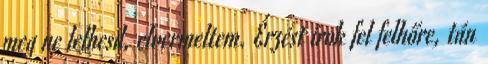
meg ne lelhesd, elvermeltem. Érzést írok fel felhőre, tán